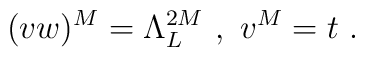
(vw)^M=\Lambda_L^{2M}\  , \ v^M = t \ .